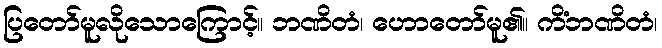
ပြတော်မူလိုသောကြောင့်။ ဘဏိတံ၊ ဟောတော်မူ၏။ ကိံဘဏိတံ၊